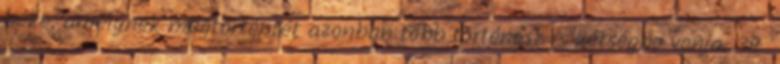
béke, amelynek megtörténtét azonban több történész is kétségbe vonja. 39